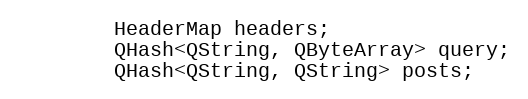
Language: C
        HeaderMap headers;
        QHash<QString, QByteArray> query;
        QHash<QString, QString> posts;